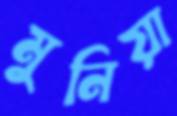
মুনিয়া